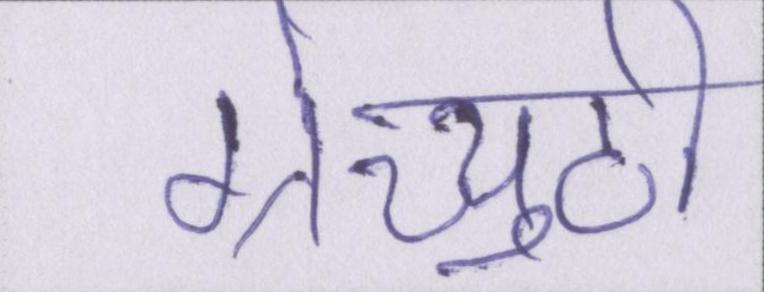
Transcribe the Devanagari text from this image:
ग्रेच्युटी